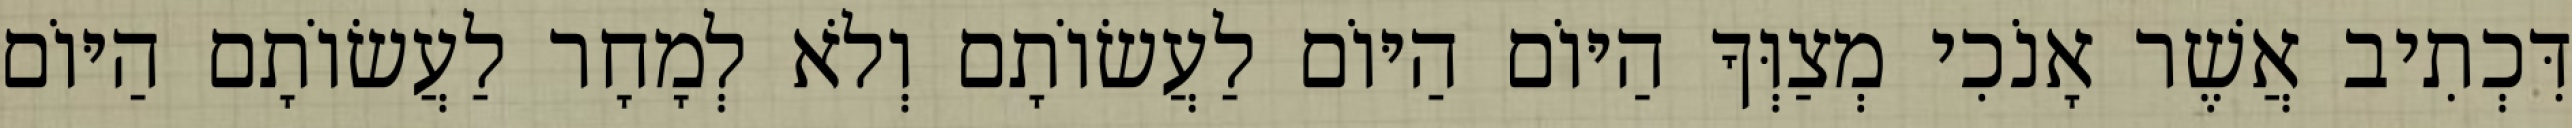
דִּכְתִיב אֲשֶׁר אָנֹכִי מְצַוְּךָ הַיּוֹם הַיּוֹם לַעֲשׂוֹתָם וְלֹא לְמָחָר לַעֲשׂוֹתָם הַיּוֹם